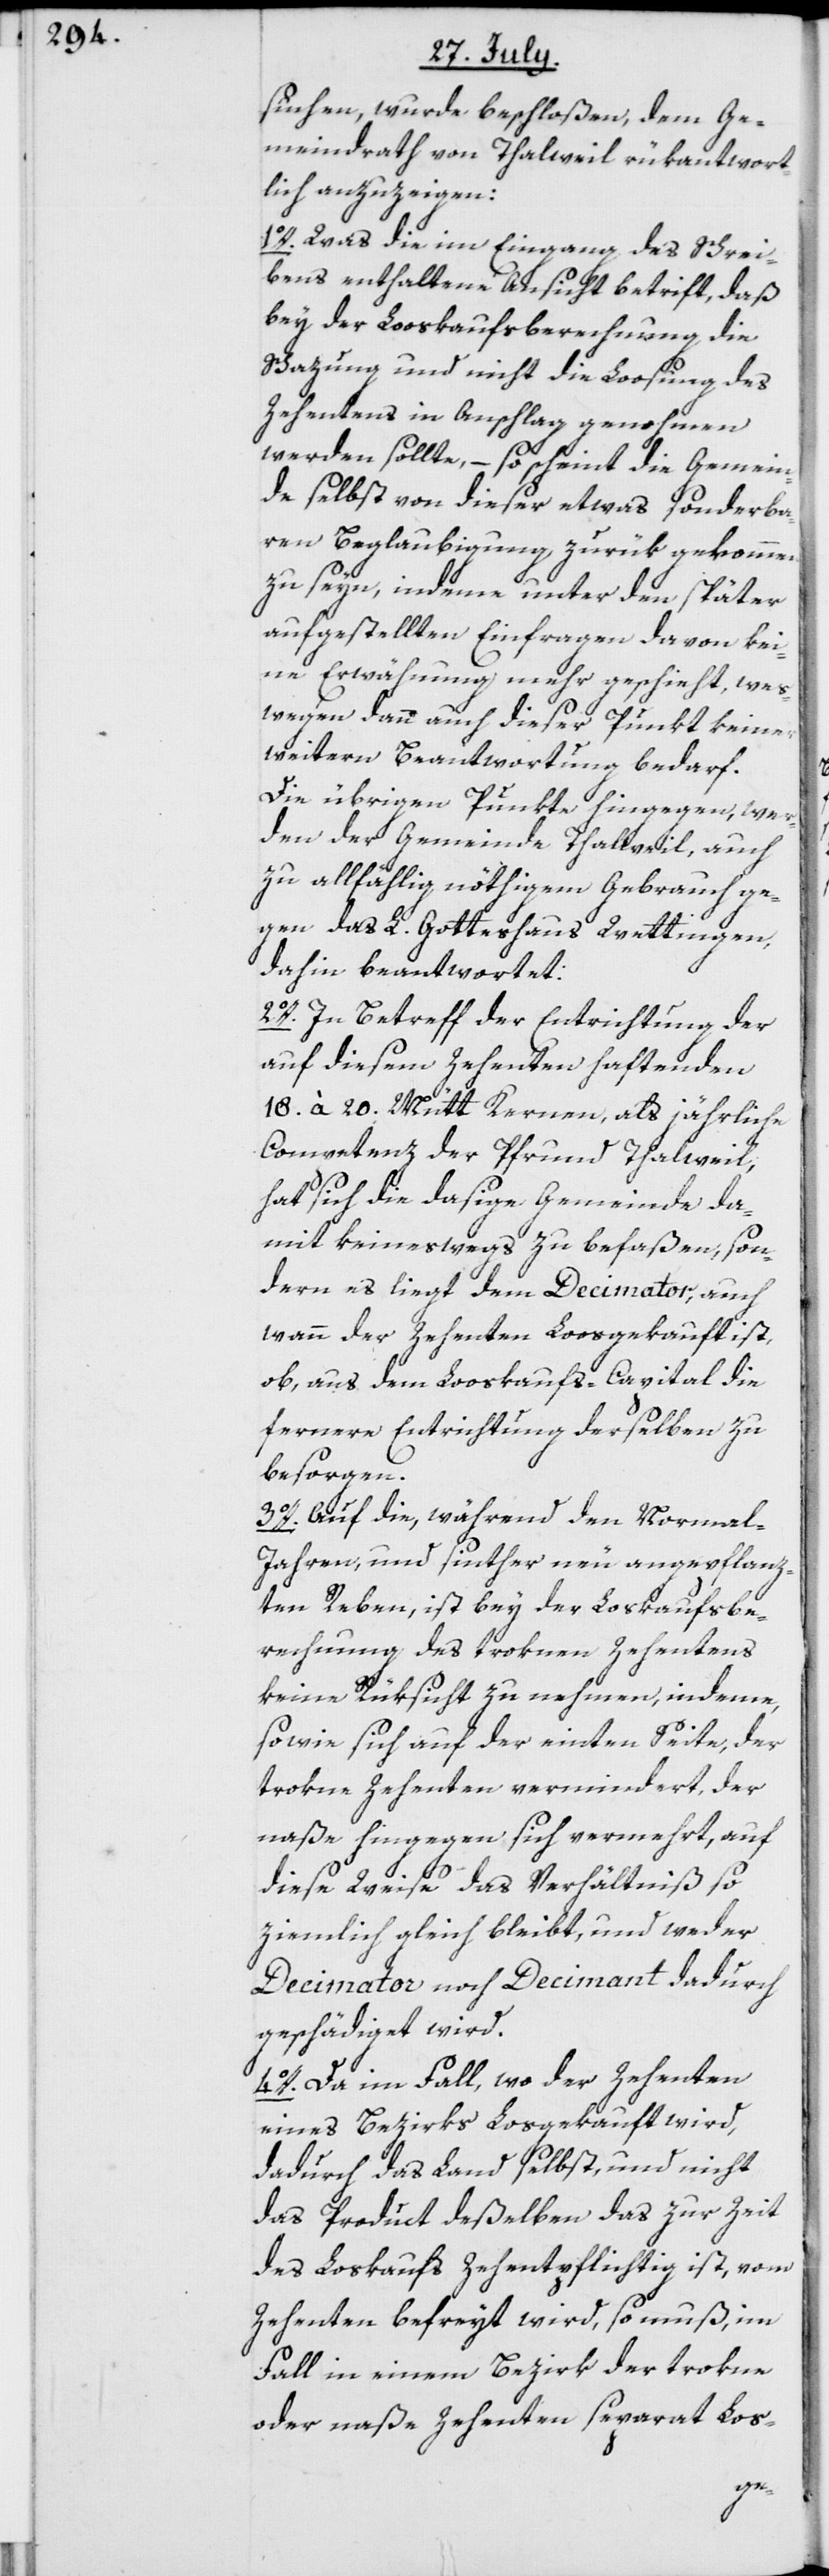
suchen, wurde beschloßen, dem Ge¬
meindrath von Thalweil rükantwort¬
lich anzuzeigen:
1o. Was die im Eingang des Schrei¬
bens enthaltene Ansicht betrift, daß
bey der Looskaufsberechnung die
Schazung und nicht die Loosung des
Zehentens in Anschlag genohmen
werden sollte, – so scheint die Gemein¬
de selbst von dieser etwas sonderba¬
ren Beglaubigung zurük gekommen
zu seyn, indeme unter den später
aufgestellten Einfragen davon kei¬
ne Erwähnung mehr geschieht, wes¬
wegen dann auch dieser Punkt keiner
weitern Beantwortung bedarf.
Die übrigen Punkte hingegen, wer¬
den der Gemeinde Thalweil, auch
zu allfählig nöthigem Gebrauch ge¬
gen das L. Gotteshaus Wettingen,
dahin beantwortet:
2o. In Betreff der Entrichtung der
auf diesem Zehenten haftenden
18. à 20. Mütt Kernen, als jährliche
Competenz der Pfrund Thalweil,
hat sich die dasige Gemeinde da¬
mit keineswegs zu befaßen, son¬
dern es liegt dem Decimator, auch
wann der Zehenten Loosgekauft ist,
ob, aus dem Looskaufs-Capital die
fernere Entrichtung derselben zu
besorgen.
3o. Auf die, während den Normal-J¬
ahren, und sinther neu angepflanz¬
ten Reben, ist bey der Loskaufsbe¬
rechnung des troknen Zehentens
keine Rüksicht zu nehmen, indeme,
sowie sich auf der einten Seite, der
trokne Zehenten vermindert, der
naße hingegen sich vermehrt, auf
diese Weise das Verhältniß so
ziemlich gleich bleibt, und weder
Decimator noch Decimant dadurch
geschädiget wird.
4o. Da im Fall, wo der Zehenten
eines Bezirks Losgekauft wird,
dadurch das Land selbst, und nicht
das Product deßelben das zur Zeit
des Loskaufs Zehentpflichtig ist, vom
Zehenten befreyt wird, so muß, im
Fall in einem Bezirk der trokne
oder naße Zehenten separat Los-